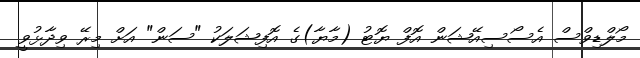
މޯލްޑިވްސް އެސޯސިއޭޝަން އޮފް ޔޮޓު (މާޔާ)ގެ އޮފިޝަލަކު "ސަން" އަށް މިރޭ ވިދާޅުވީ